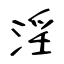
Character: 淫